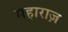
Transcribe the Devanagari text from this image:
महाराज़